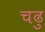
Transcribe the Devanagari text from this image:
चढु